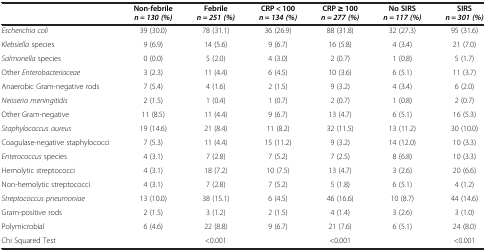
<table><thead><tr><td><b> </b></td><td><b>Non-febrile <i>n = 130 (%)</i></b></td><td><b>Febrile <i>n = 251 (%)</i></b></td><td><b>CRP &lt; 100 <i>n = 134 (%)</i></b></td><td><b>CRP ≥ 100 <i>n = 277 (%)</i></b></td><td><b>No SIRS <i>n = 117 (%)</i></b></td><td><b>SIRS <i>n = 301 (%)</i></b></td></tr></thead><tbody><tr><td><i>Escherichia coli</i></td><td>39 (30.0)</td><td>78 (31.1)</td><td>36 (26.9)</td><td>88 (31.8)</td><td>32 (27.3)</td><td>95 (31.6)</td></tr><tr><td><i>Klebsiella</i> species</td><td>9 (6.9)</td><td>14 (5.6)</td><td>9 (6.7)</td><td>16 (5.8)</td><td>4 (3.4)</td><td>21 (7.0)</td></tr><tr><td><i>Salmonella</i> species</td><td>0 (0.0)</td><td>5 (2.0)</td><td>4 (3.0)</td><td>2 (0.7)</td><td>1 (0.8)</td><td>5 (1.7)</td></tr><tr><td>Other <i>Enterobacteriaceae</i></td><td>3 (2.3)</td><td>11 (4.4)</td><td>6 (4.5)</td><td>10 (3.6)</td><td>6 (5.1)</td><td>11 (3.7)</td></tr><tr><td>Anaerobic Gram-negative rods</td><td>7 (5.4)</td><td>4 (1.6)</td><td>2 (1.5)</td><td>9 (3.2)</td><td>4 (3.4)</td><td>6 (2.0)</td></tr><tr><td><i>Neisseria meningitidis</i></td><td>2 (1.5)</td><td>1 (0.4)</td><td>1 (0.7)</td><td>2 (0.7)</td><td>1 (0.8)</td><td>2 (0.7)</td></tr><tr><td>Other Gram-negative</td><td>11 (8.5)</td><td>11 (4.4)</td><td>9 (6.7)</td><td>13 (4.7)</td><td>6 (5.1)</td><td>16 (5.3)</td></tr><tr><td><i>Staphylococcus aureus</i></td><td>19 (14.6)</td><td>21 (8.4)</td><td>11 (8.2)</td><td>32 (11.5)</td><td>13 (11.2)</td><td>30 (10.0)</td></tr><tr><td>Coagulase-negative staphylococci</td><td>7 (5.3)</td><td>11 (4.4)</td><td>15 (11.2)</td><td>9 (3.2)</td><td>14 (12.0)</td><td>10 (3.3)</td></tr><tr><td><i>Enterococcus</i> species</td><td>4 (3.1)</td><td>7 (2.8)</td><td>7 (5.2)</td><td>7 (2.5)</td><td>8 (6.8)</td><td>10 (3.3)</td></tr><tr><td>Hemolytic streptococci</td><td>4 (3.1)</td><td>18 (7.2)</td><td>10 (7.5)</td><td>13 (4.7)</td><td>3 (2.6)</td><td>20 (6.6)</td></tr><tr><td>Non-hemolytic streptococci</td><td>4 (3.1)</td><td>7 (2.8)</td><td>7 (5.2)</td><td>5 (1.8)</td><td>6 (5.1)</td><td>4 (1.2)</td></tr><tr><td><i>Streptococcus pneumoniae</i></td><td>13 (10.0)</td><td>38 (15.1)</td><td>6 (4.5)</td><td>46 (16.6)</td><td>10 (8.7)</td><td>44 (14.6)</td></tr><tr><td>Gram-positive rods</td><td>2 (1.5)</td><td>3 (1.2)</td><td>2 (1.5)</td><td>4 (1.4)</td><td>3 (2.6)</td><td>3 (1.0)</td></tr><tr><td>Polymicrobial</td><td>6 (4.6)</td><td>22 (8.8)</td><td>9 (6.7)</td><td>21 (7.6)</td><td>6 (5.1)</td><td>24 (8.0)</td></tr><tr><td>Chi Squared Test</td><td> </td><td>&lt;0.001</td><td> </td><td>&lt;0.001</td><td> </td><td>&lt;0.001</td></tr></tbody></table>